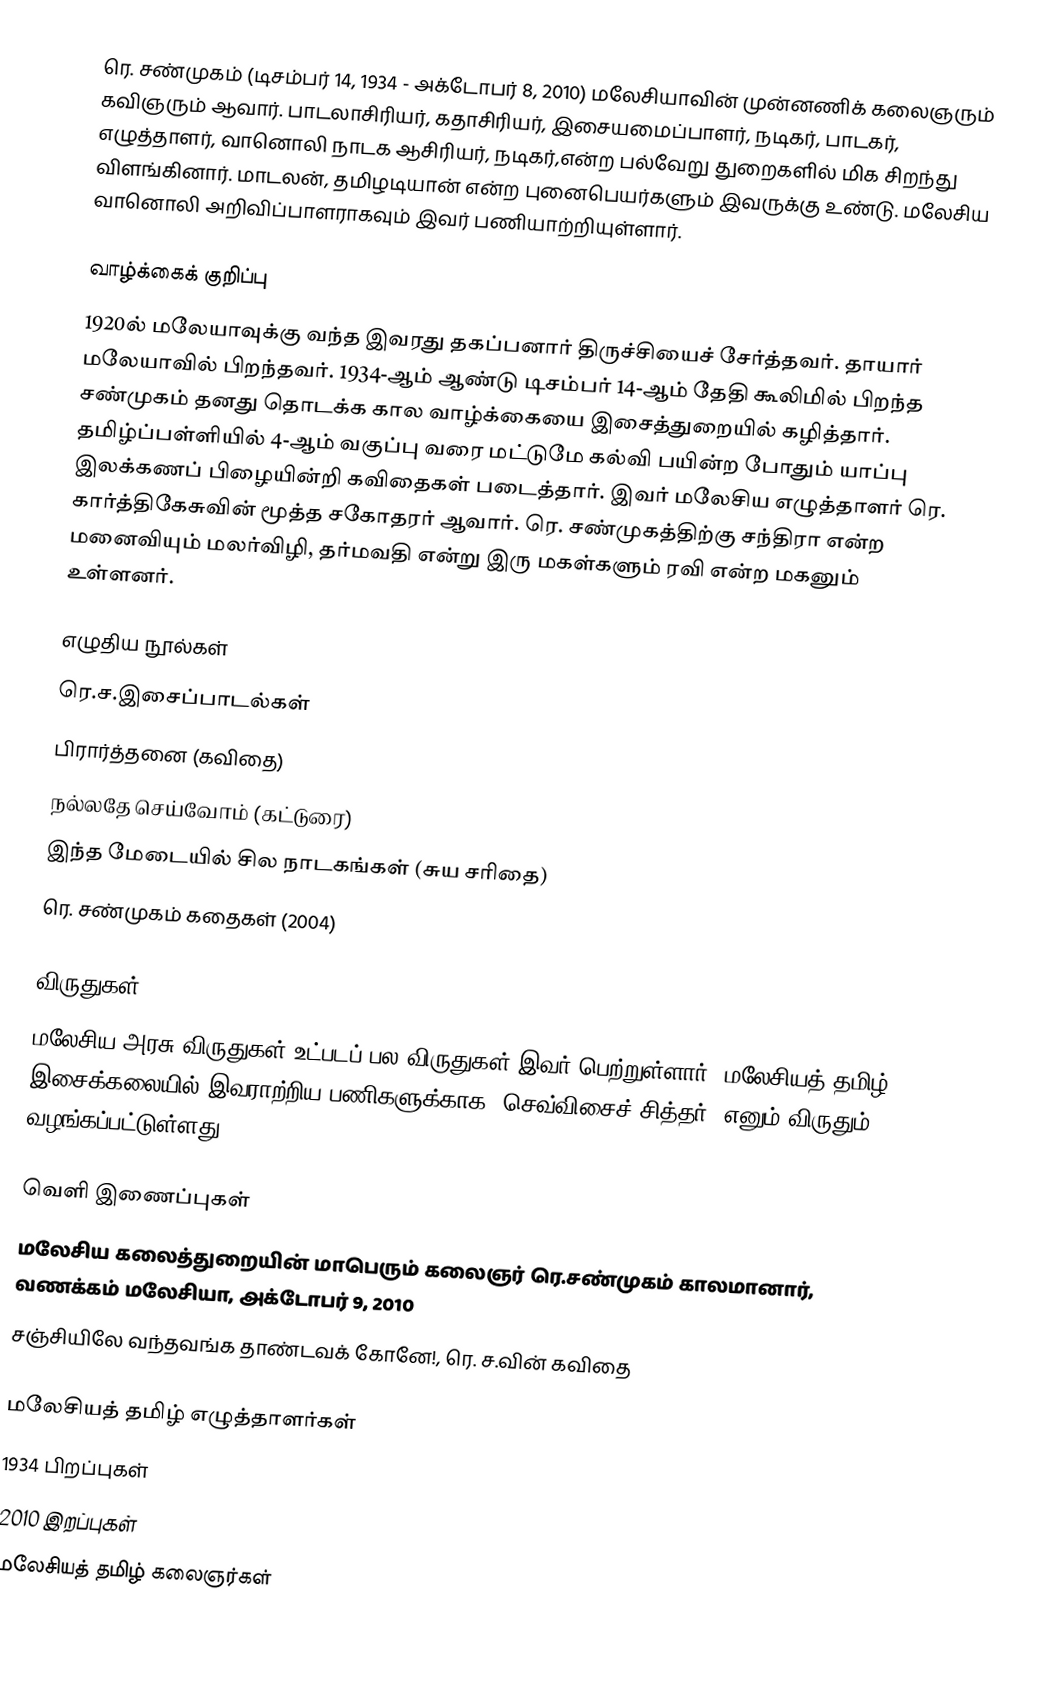
ரெ. சண்முகம் (டிசம்பர் 14, 1934 - அக்டோபர் 8, 2010) மலேசியாவின் முன்னணிக்  கலைஞரும் கவிஞரும் ஆவார். பாடலாசிரியர், கதாசிரியர், இசையமைப்பாளர், நடிகர், பாடகர், எழுத்தாளர், வானொலி நாடக ஆசிரியர், நடிகர்,என்ற பல்வேறு துறைகளில் மிக சிறந்து விளங்கினார். மாடலன், தமிழடியான் என்ற புனைபெயர்களும் இவருக்கு உண்டு. மலேசிய வானொலி அறிவிப்பாளராகவும் இவர் பணியாற்றியுள்ளார்.

வாழ்க்கைக் குறிப்பு
1920ல் மலேயாவுக்கு வந்த இவரது தகப்பனார் திருச்சியைச் சேர்த்தவர். தாயார் மலேயாவில் பிறந்தவர். 1934-ஆம் ஆண்டு டிசம்பர் 14-ஆம் தேதி கூலிமில் பிறந்த சண்முகம் தனது தொடக்க கால வாழ்க்கையை இசைத்துறையில் கழித்தார். தமிழ்ப்பள்ளியில் 4-ஆம் வகுப்பு வரை மட்டுமே கல்வி பயின்ற போதும் யாப்பு இலக்கணப் பிழையின்றி கவிதைகள் படைத்தார். இவர் மலேசிய எழுத்தாளர் ரெ. கார்த்திகேசுவின் மூத்த சகோதரர் ஆவார். ரெ. சண்முகத்திற்கு சந்திரா என்ற மனைவியும் மலர்விழி, தர்மவதி என்று இரு மகள்களும் ரவி என்ற மகனும் உள்ளனர்.

எழுதிய நூல்கள்
 ரெ.ச.இசைப்பாடல்கள்
 பிரார்த்தனை (கவிதை)
 நல்லதே செய்வோம் (கட்டுரை)
 இந்த மேடையில் சில நாடகங்கள் (சுய சரிதை)
 ரெ. சண்முகம் கதைகள் (2004)

விருதுகள்
மலேசிய அரசு விருதுகள் உட்படப் பல விருதுகள் இவர் பெற்றுள்ளார். மலேசியத் தமிழ் இசைக்கலையில் இவராற்றிய பணிகளுக்காக ‘செவ்விசைச் சித்தர்’ எனும் விருதும் வழங்கப்பட்டுள்ளது.

வெளி இணைப்புகள்
மலேசிய கலைத்துறையின் மாபெரும் கலைஞர் ரெ.சண்முகம் காலமானார், வணக்கம் மலேசியா, அக்டோபர் 9, 2010
சஞ்சியிலே வந்தவங்க தாண்டவக் கோனே!, ரெ. ச.வின் கவிதை

மலேசியத் தமிழ் எழுத்தாளர்கள்
1934 பிறப்புகள்
2010 இறப்புகள்
மலேசியத் தமிழ் கலைஞர்கள்